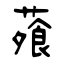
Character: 蕵